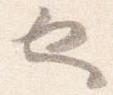
也